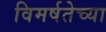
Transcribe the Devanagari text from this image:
विमर्षतेच्या